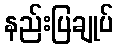
နည်းပြချုပ်